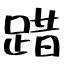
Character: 踖